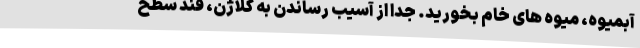
آبمیوه، میوه های خام بخورید. جدا از آسیب رساندن به کلاژن، قند سطح